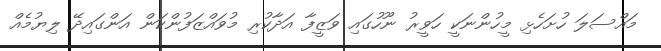
މައްސަލަ ހުށަހެޅި މީހުންނަކީ ހަވީރު ނޫހުގައި ވަޒީފާ އަދާކުރި މުވައްޒަފުންކަން އަންގައިދޭ ލިޔުމެއް